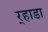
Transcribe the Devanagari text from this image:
र्‍हाडा